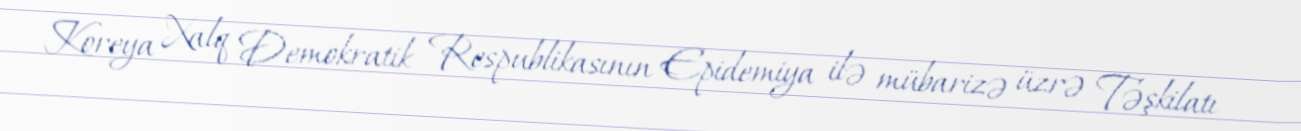
Koreya Xalq Demokratik Respublikasının Epidemiya ilə mübarizə üzrə Təşkilatı